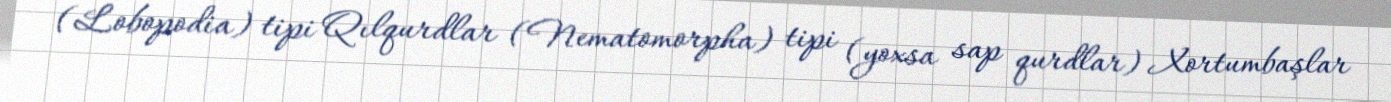
(Lobopodia) tipi Qılqurdlar (Nematomorpha) tipi (yoxsa sap qurdlar) Xortumbaşlar